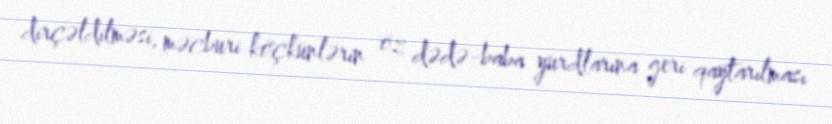
dirçəldilməsi, məcburi köçkünlərin öz dədə-baba yurdlarına geri qaytarılması